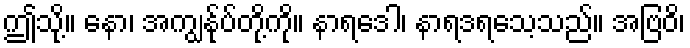
ဤသို့။ နော၊ အကျွန်ုပ်တို့ကို။ နာရဒေါ၊ နာရဒရသေ့သည်။ အဗြဝိ၊